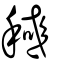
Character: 稶